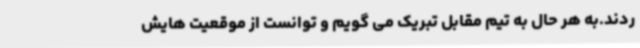
ردند.به هر حال به تیم مقابل تبریک می گویم و توانست از موقعیت هایش